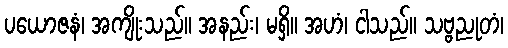
ပယောဇနံ၊ အကျိုးသည်။ အနည်း၊ မရှိ။ အဟံ၊ ငါသည်။ သဗ္ဗညုတံ၊